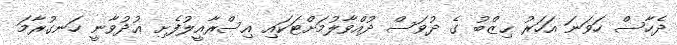
ދެހާސް ހަވަނަ އަހަރު ޙިޒްބު ގެ ދުވަސް ދުއްވާލުމަށްޓަކައި އިސްރާއީލުފެށި ޢުދުވާނީ ހަނގުރާމަ